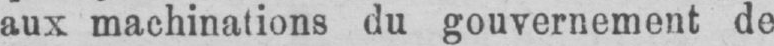
aux machinations du gouvernement de